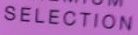
SELECTION